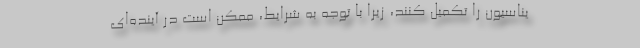
یناسیون را تکمیل کنند، زیرا با توجه به شرایط، ممکن است در آینده‌ای